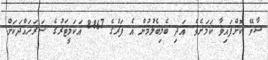
ސާވޭ ކޮށްފައިވާ ކަމަށެވެ. އަދި ބެލިބެލުމުން އެ ފަރުގެ 8867 އަކަމީޓަރުގެ ސަރަހައްދަކަށް